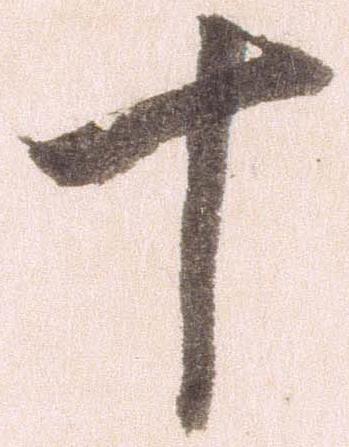
十